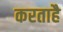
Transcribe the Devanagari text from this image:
करताहै